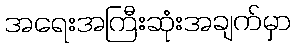
အရေးအကြီးဆုံးအချက်မှာ